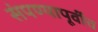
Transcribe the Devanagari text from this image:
संपण्यापूर्वीच